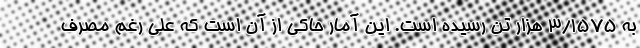
به 3/1575 هزار تن رسیده است. این آمار حاکی از آن است که علی رغم مصرف